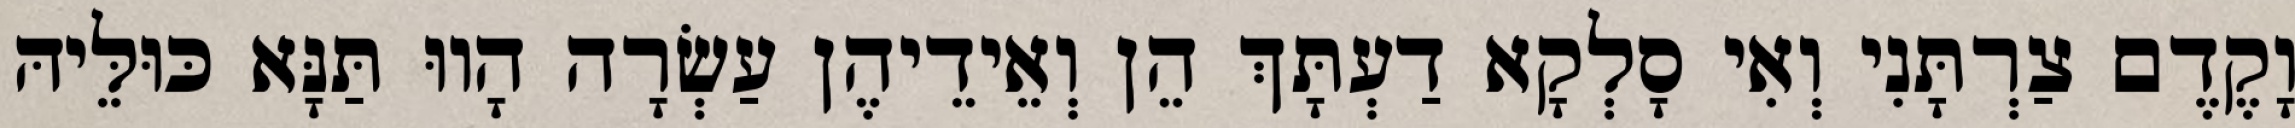
וָקֶדֶם צַרְתָּנִי וְאִי סָלְקָא דַעְתָּךְ הֵן וְאֵידֵיהֶן עַשְׂרָה הָווּ תַּנָּא כּוּלֵּיהּ